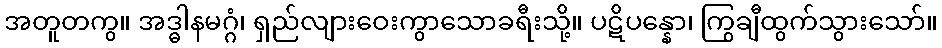
အတူတကွ။ အဒ္ဓါနမဂ္ဂံ၊ ရှည်လျားဝေးကွာသောခရီးသို့။ ပဋိပန္နော၊ ကြွချီထွက်သွားသော်။